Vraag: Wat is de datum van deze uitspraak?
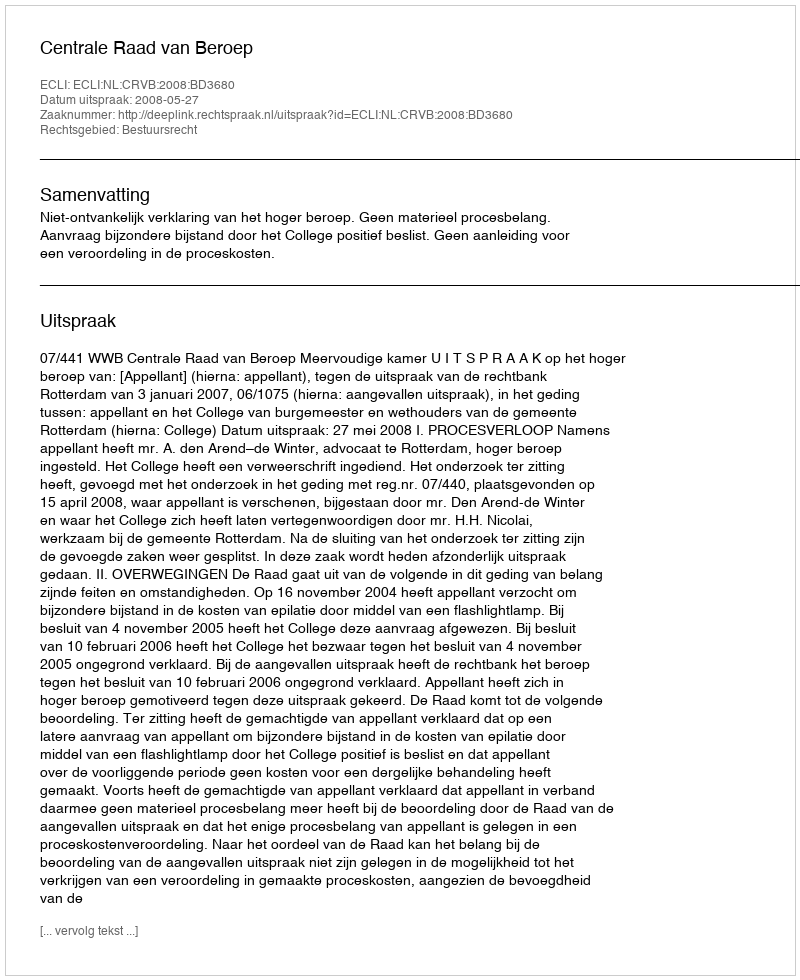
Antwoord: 2008-05-27